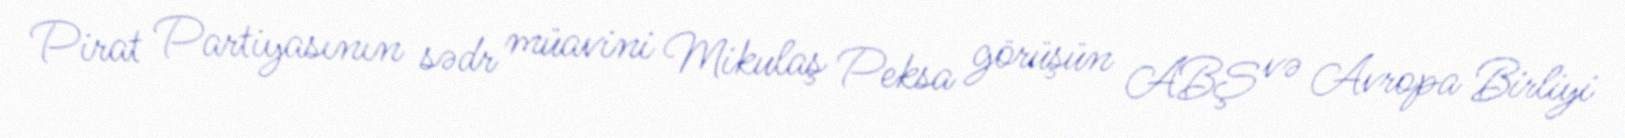
Pirat Partiyasının sədr müavini Mikulaş Peksa görüşün ABŞ və Avropa Birliyi